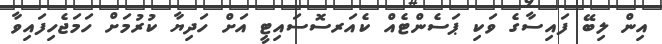
އިން ލިބޭ ފައިސާގެ ވަކި ޕަސެންޓެއް ކެއަރސޮސައިޓީ އަށް ހަދިޔާ ކުރުމަށް ހަމަޖެހިފައިވާ